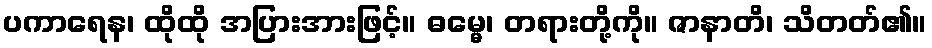
ပကာရေန၊ ထိုထို အပြားအားဖြင့်။ ဓမ္မေ၊ တရားတို့ကို။ ဇာနာတိ၊ သိတတ်၏။